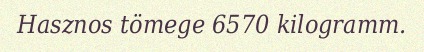
Hasznos tömege 6570 kilogramm.